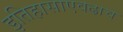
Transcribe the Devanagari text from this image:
इतिहासाएवढाच